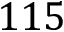
1 1 5